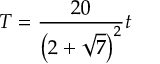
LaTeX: T = { \frac { 2 0 } { \left( 2 + \sqrt { 7 } \right) ^ { 2 } } } t